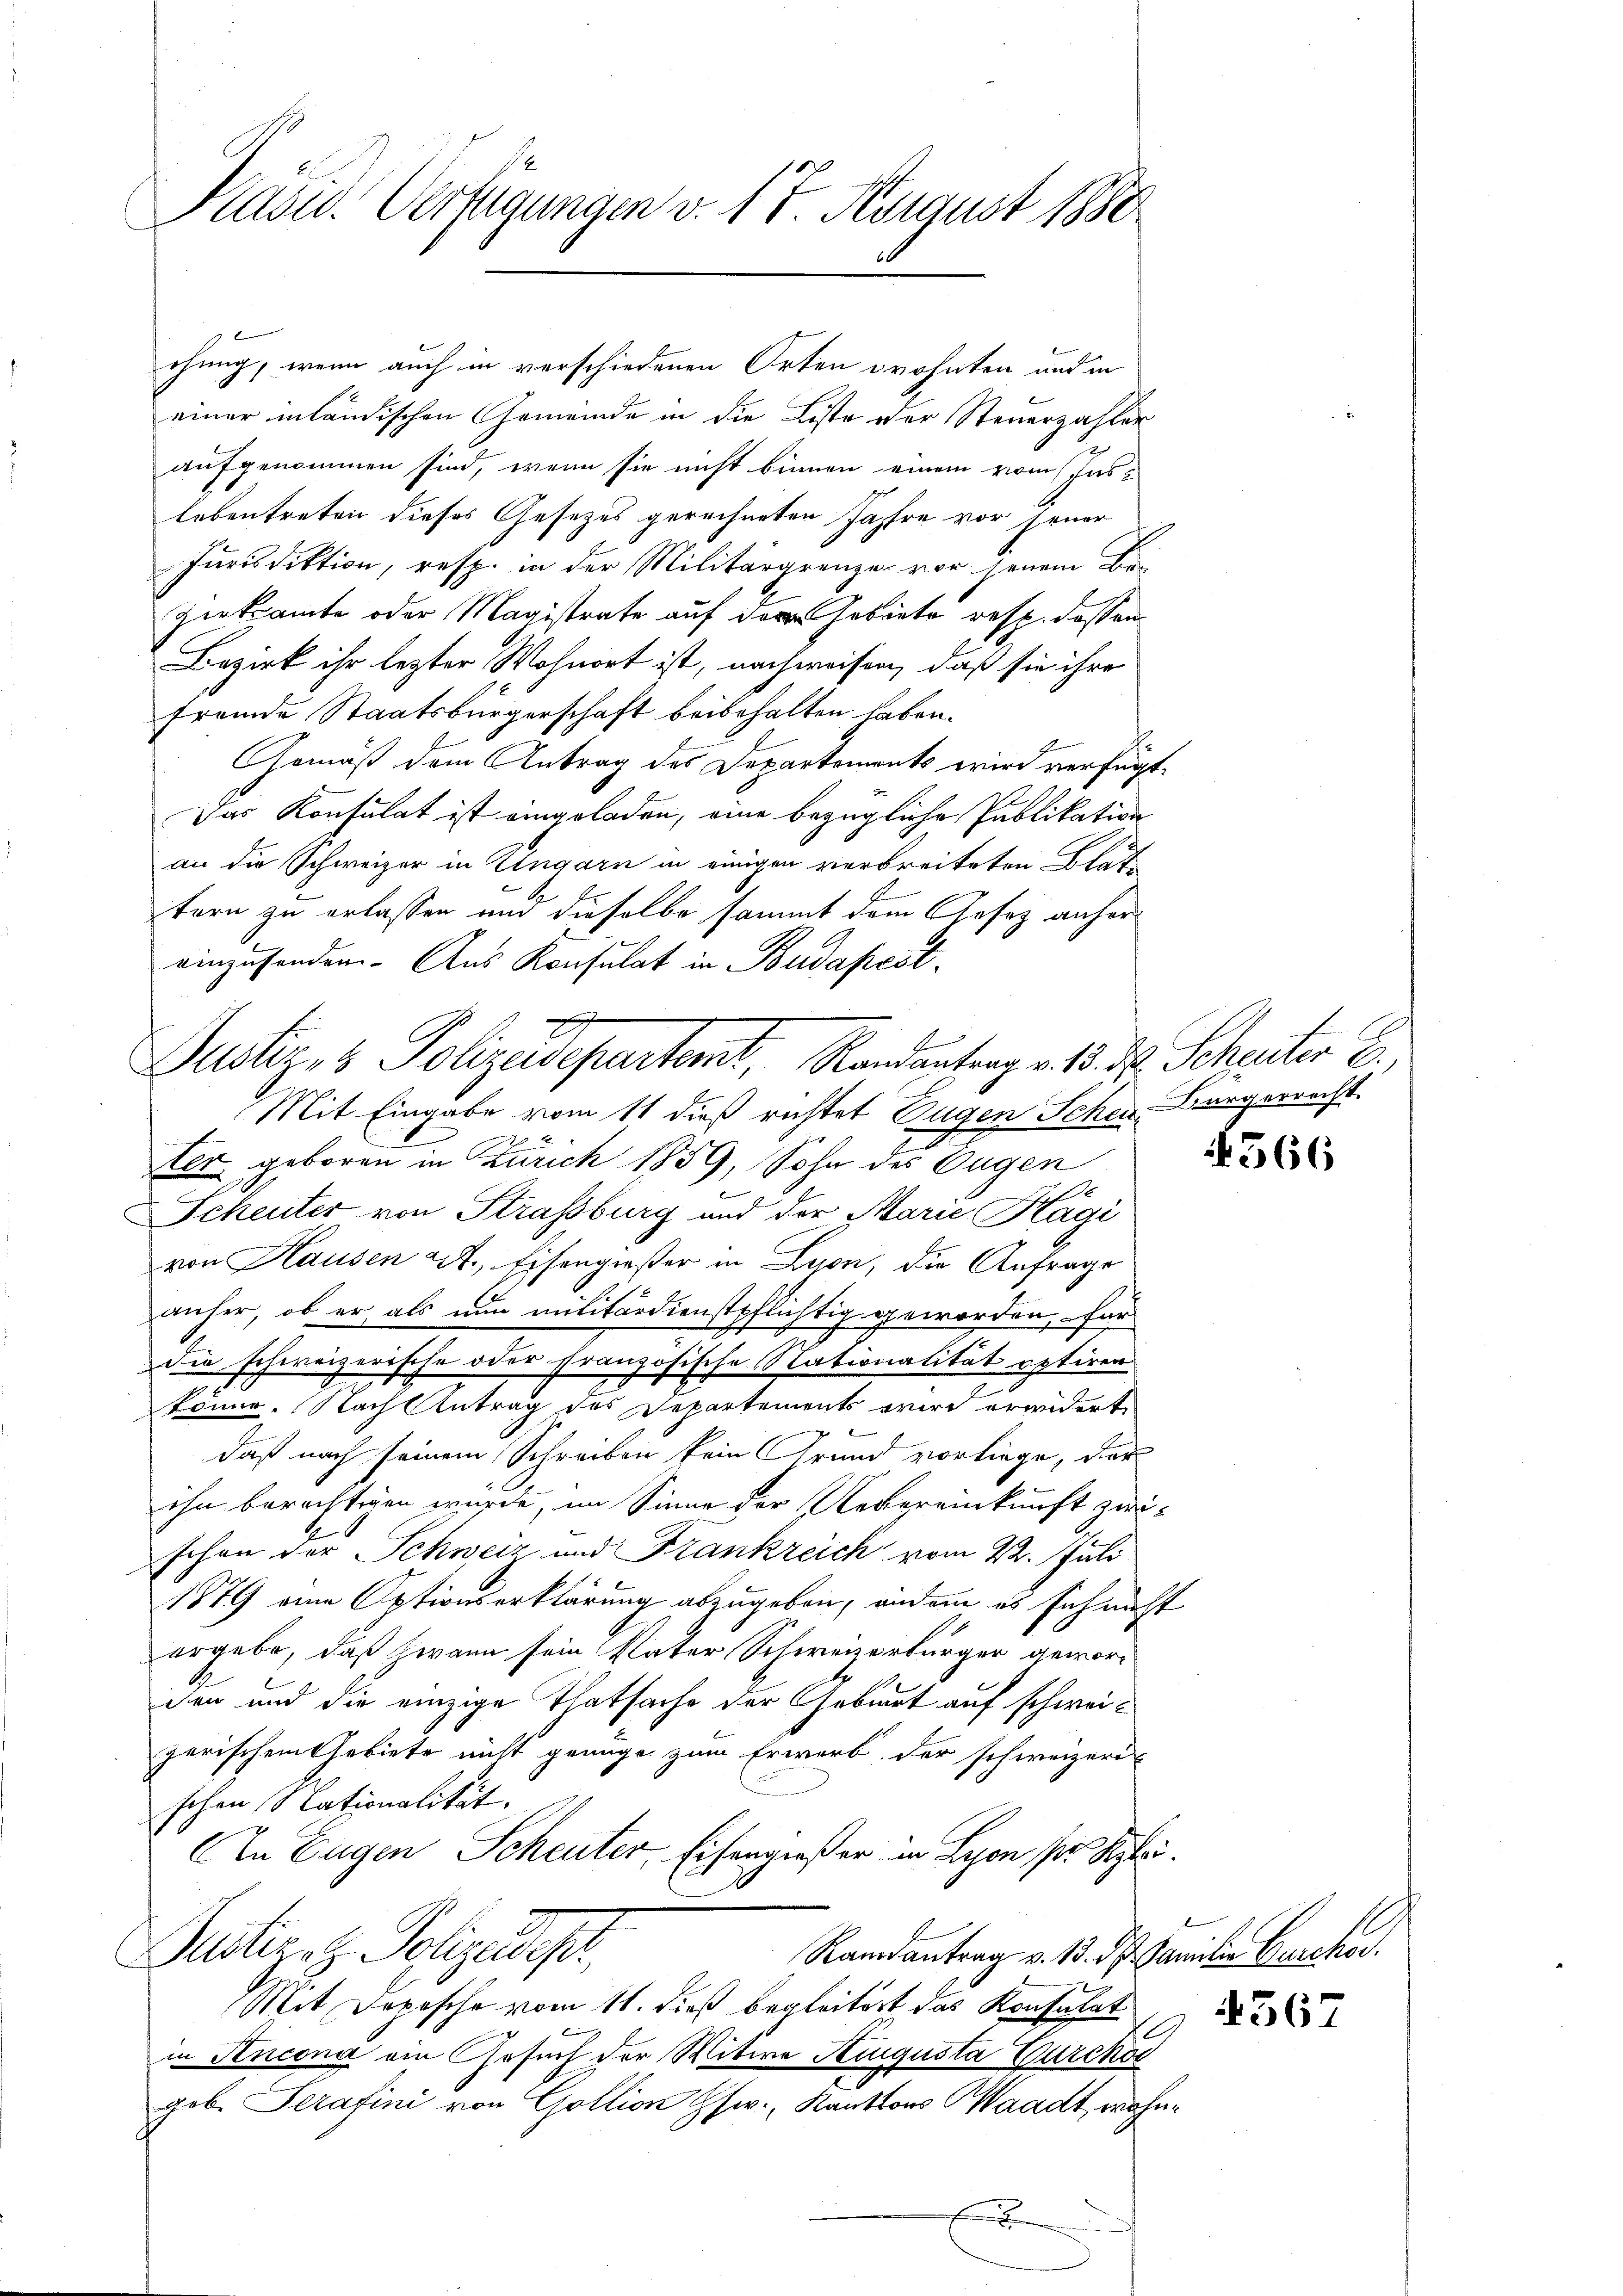
Kasid. Verfügungen v. 17. August 1880

chung, wenn auch in verschiedenen Orten wohnten und in
einer inländischen Gemeinde in die Liste der Steuerzahler
aufgenommen sind, wenn sie nicht binnen einem vom Inslebentreten dieses Gesezes gerechneten Jahre vor Feuer
Jurisdiktion, resp. in der Militärgrenze vor jenem Be-
Zirkannte oder Magistrate auf der Gebiete resp. dassen
Bezirk ihr lezter Wohnort ist, nachweisen, daß sie ihre
fremde Staatsbürgerschaft beibehalten haben.
Gemäß dem Antrag des Departements wird verfügt,
Das Konsulat ist eingeladen, eine bezügliche Publikation
an die Schweizer in Ungarn in eingen verbreiteten Blat
tern zu erlassen und dieselbe sammt dem Gesez anher
einzufinden. Aus Konsulat in Budapest.
Mit Eingabe vom 11 dieß richtet Eugen Schen Bürgerrecht
ter geboren in Zürich 1859, Sohn des Eugen
Scheuter von Strassburg und der Marie Hägi
von Hausen L., Eisengießer in Lyon, die Anfrage
anher, ob er als nun militärdienstpflichtig geworden, – für
die schweizerische oder französische Nationalität optiren
könne. Nach Antrag des Departements wird erwidert
b
daß nach seinem Schreiben kein Grund vorliege, der
ihn berechtigen würde, im Sinne der Uebereinkunft zwischon der Schweiz und Frankreich vom 22. Juli
1879 eine Optionserklärung abzugeben, andern es sich nicht
ergabe, daß zwann sein Vater Schweizerbürger geworden und die einzige Thatsache der Gebiert auf schweizerischem Gebiete nicht genüge zum Erwerb der schweizeris
schen Nationalität.
In Eugen Scheuter, Eisengießer in Lyon pr. S.
l
Justiges Polizeidep
Randantrag v. 13. d. Familie Bescher.
Mit Depesche vom 11. dieß begleitert das Konsulat
in Incona ein Gesuch der Witwe Augusta Burcko
geb. Serafini von Goltion Gsw. Kantons Waadt, wohn¬
.

e
Justiz- & Polizeisepartemt, Randantrag v. 15. d. Scheiter E

566

4567